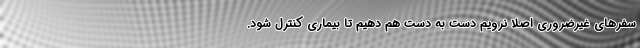
سفرهای غیرضروری اصلا نرویم دست به دست هم دهیم تا بیماری کنترل شود.